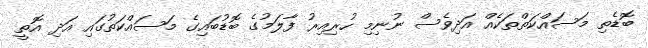
ބޮޑެތި މަސައްކަތްތަކެއް އަދިވެސް ނުނިމި ހުރިއިރު ފާލަމުގެ ބޮޑުބައިގެ މަސައްކަތުގައި އަދި އޮތީ